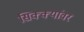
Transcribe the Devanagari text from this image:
सिक्क्यांवर